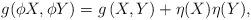
LaTeX: \begin{align*}g(\phi X,\phi Y)=g\left(X,Y\right)+\eta (X)\eta (Y),\end{align*}